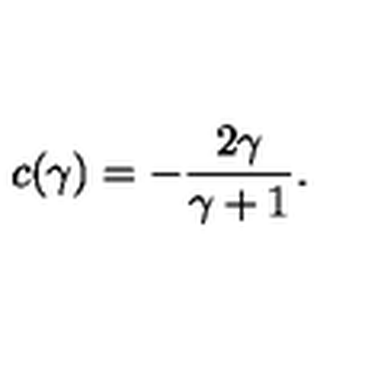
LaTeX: c ( \gamma ) = - { \frac { 2 \gamma } { \gamma + 1 } } .